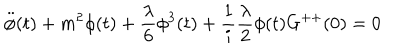
LaTeX: \ddot { \phi } ( t ) + m ^ { 2 } \phi ( t ) + \frac { \lambda } { 6 } \phi ^ { 3 } ( t ) + \frac { 1 } { i } \frac { \lambda } { 2 } \phi ( t ) G ^ { + + } ( 0 ) = 0